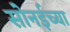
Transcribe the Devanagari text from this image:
सोनईच्या